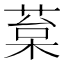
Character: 葈